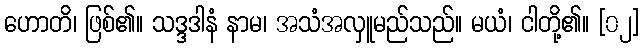
ဟောတိ၊ ဖြစ်၏။ သဒ္ဒဒါနံ နာမ၊ အသံအလှူမည်သည်။ မယံ၊ ငါတို့၏။ [၀၂]